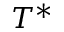
T ^ { * }